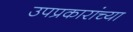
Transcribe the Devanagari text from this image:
उपप्रकारांच्या